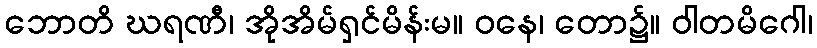
ဘောတိ ဃရဏီ၊ အိုအိမ်ရှင်မိန်းမ။ ဝနေ၊ တော၌။ ဝါတမိဂေါ၊